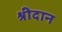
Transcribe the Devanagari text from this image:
श्रीदान